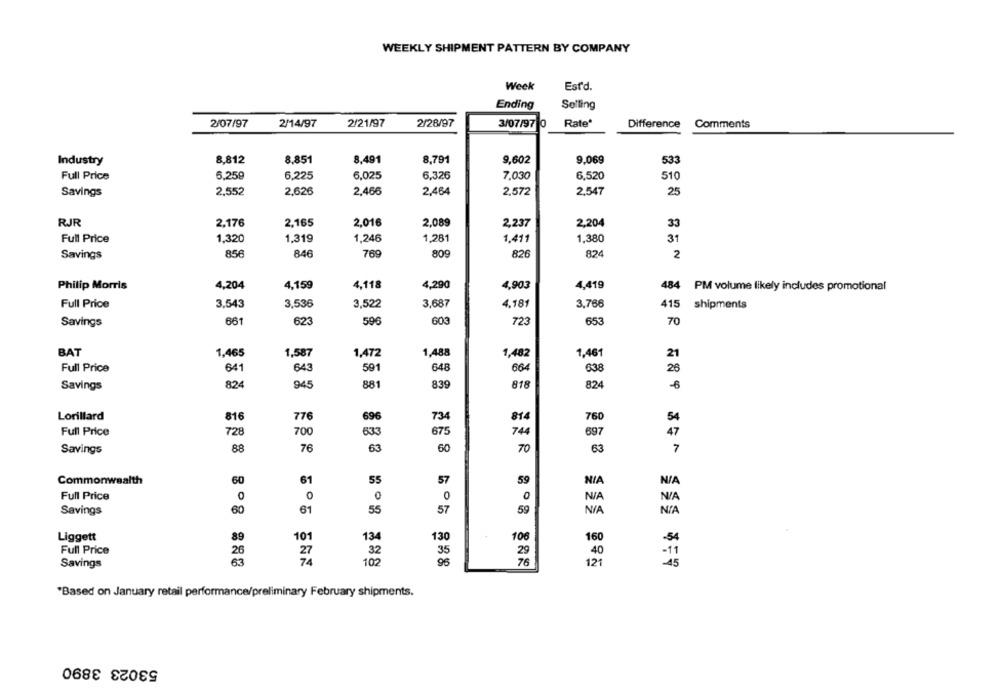
WEEKLY SHIPMENT PATTERN BY COMPANY
Week
Estd.
Ending
Selling
2/07/97
2/14/97
2/21/97
2/28/97
3/07/97 0
Rate
Difference
Comments
8,812
8.851
8,491
8,791
9,602
9.069
533
Industry
Full Price
5.259
6,225
6,025
6,326
7,030
6.520
510
Savings
2,552
2,626
2,466
2,464
2,572
2,547
25
RJR
2.176
2.165
2,016
2.089
2.204
2,237
33
Full Price
1,320
1.319
1,246
1,281
1,411
1,380
31
Savings
856
846
769
809
826
824
2
4,204
4,159
4,118
4,290
4,419
Philip Morris
4,903
484 PM volume likely includes promotional
Full Price
3.543
3,536
3,522
3,687
4.181
3,766
415 shipments
Savings
661
623
596
603
723
653
70
BAT
1,465
1,587
1,472
1,488
1,482
1,461
21
Full Price
641
643
591
648
664
638
26
Savings
824
945
881
839
818
824
-6
Lorillard
816
776
696
734
814
760
54
Full Price
728
700
633
675
744
697
47
Savings
88
76
63
60
70
63
7
Commonwealth
60
61
55
57
59
NIA
Full Price
0
0
0
0
0
Savings
60
61
55
57
59
N /A
NIA
Liggett
89
101
134
130
106
160
-54
Full Price
26
27
32
35
29
40
63
74
96
76
- 11
-45
Savings
102
121
"Based on January retail performance/preliminary February shipments.
53023 3890